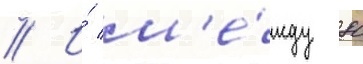
// И́ м'е́жду 80